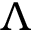
\Lambda